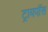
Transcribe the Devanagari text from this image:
ट्रायपॉस